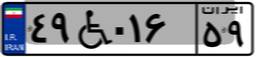
۴۹W۰۱۶۵۹